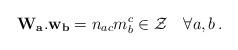
LaTeX: \begin{align*} {\bf W_a .w_b}= n_{ac}m_b^c \in {\cal Z} ~~~ \forall a,b \, .\end{align*}